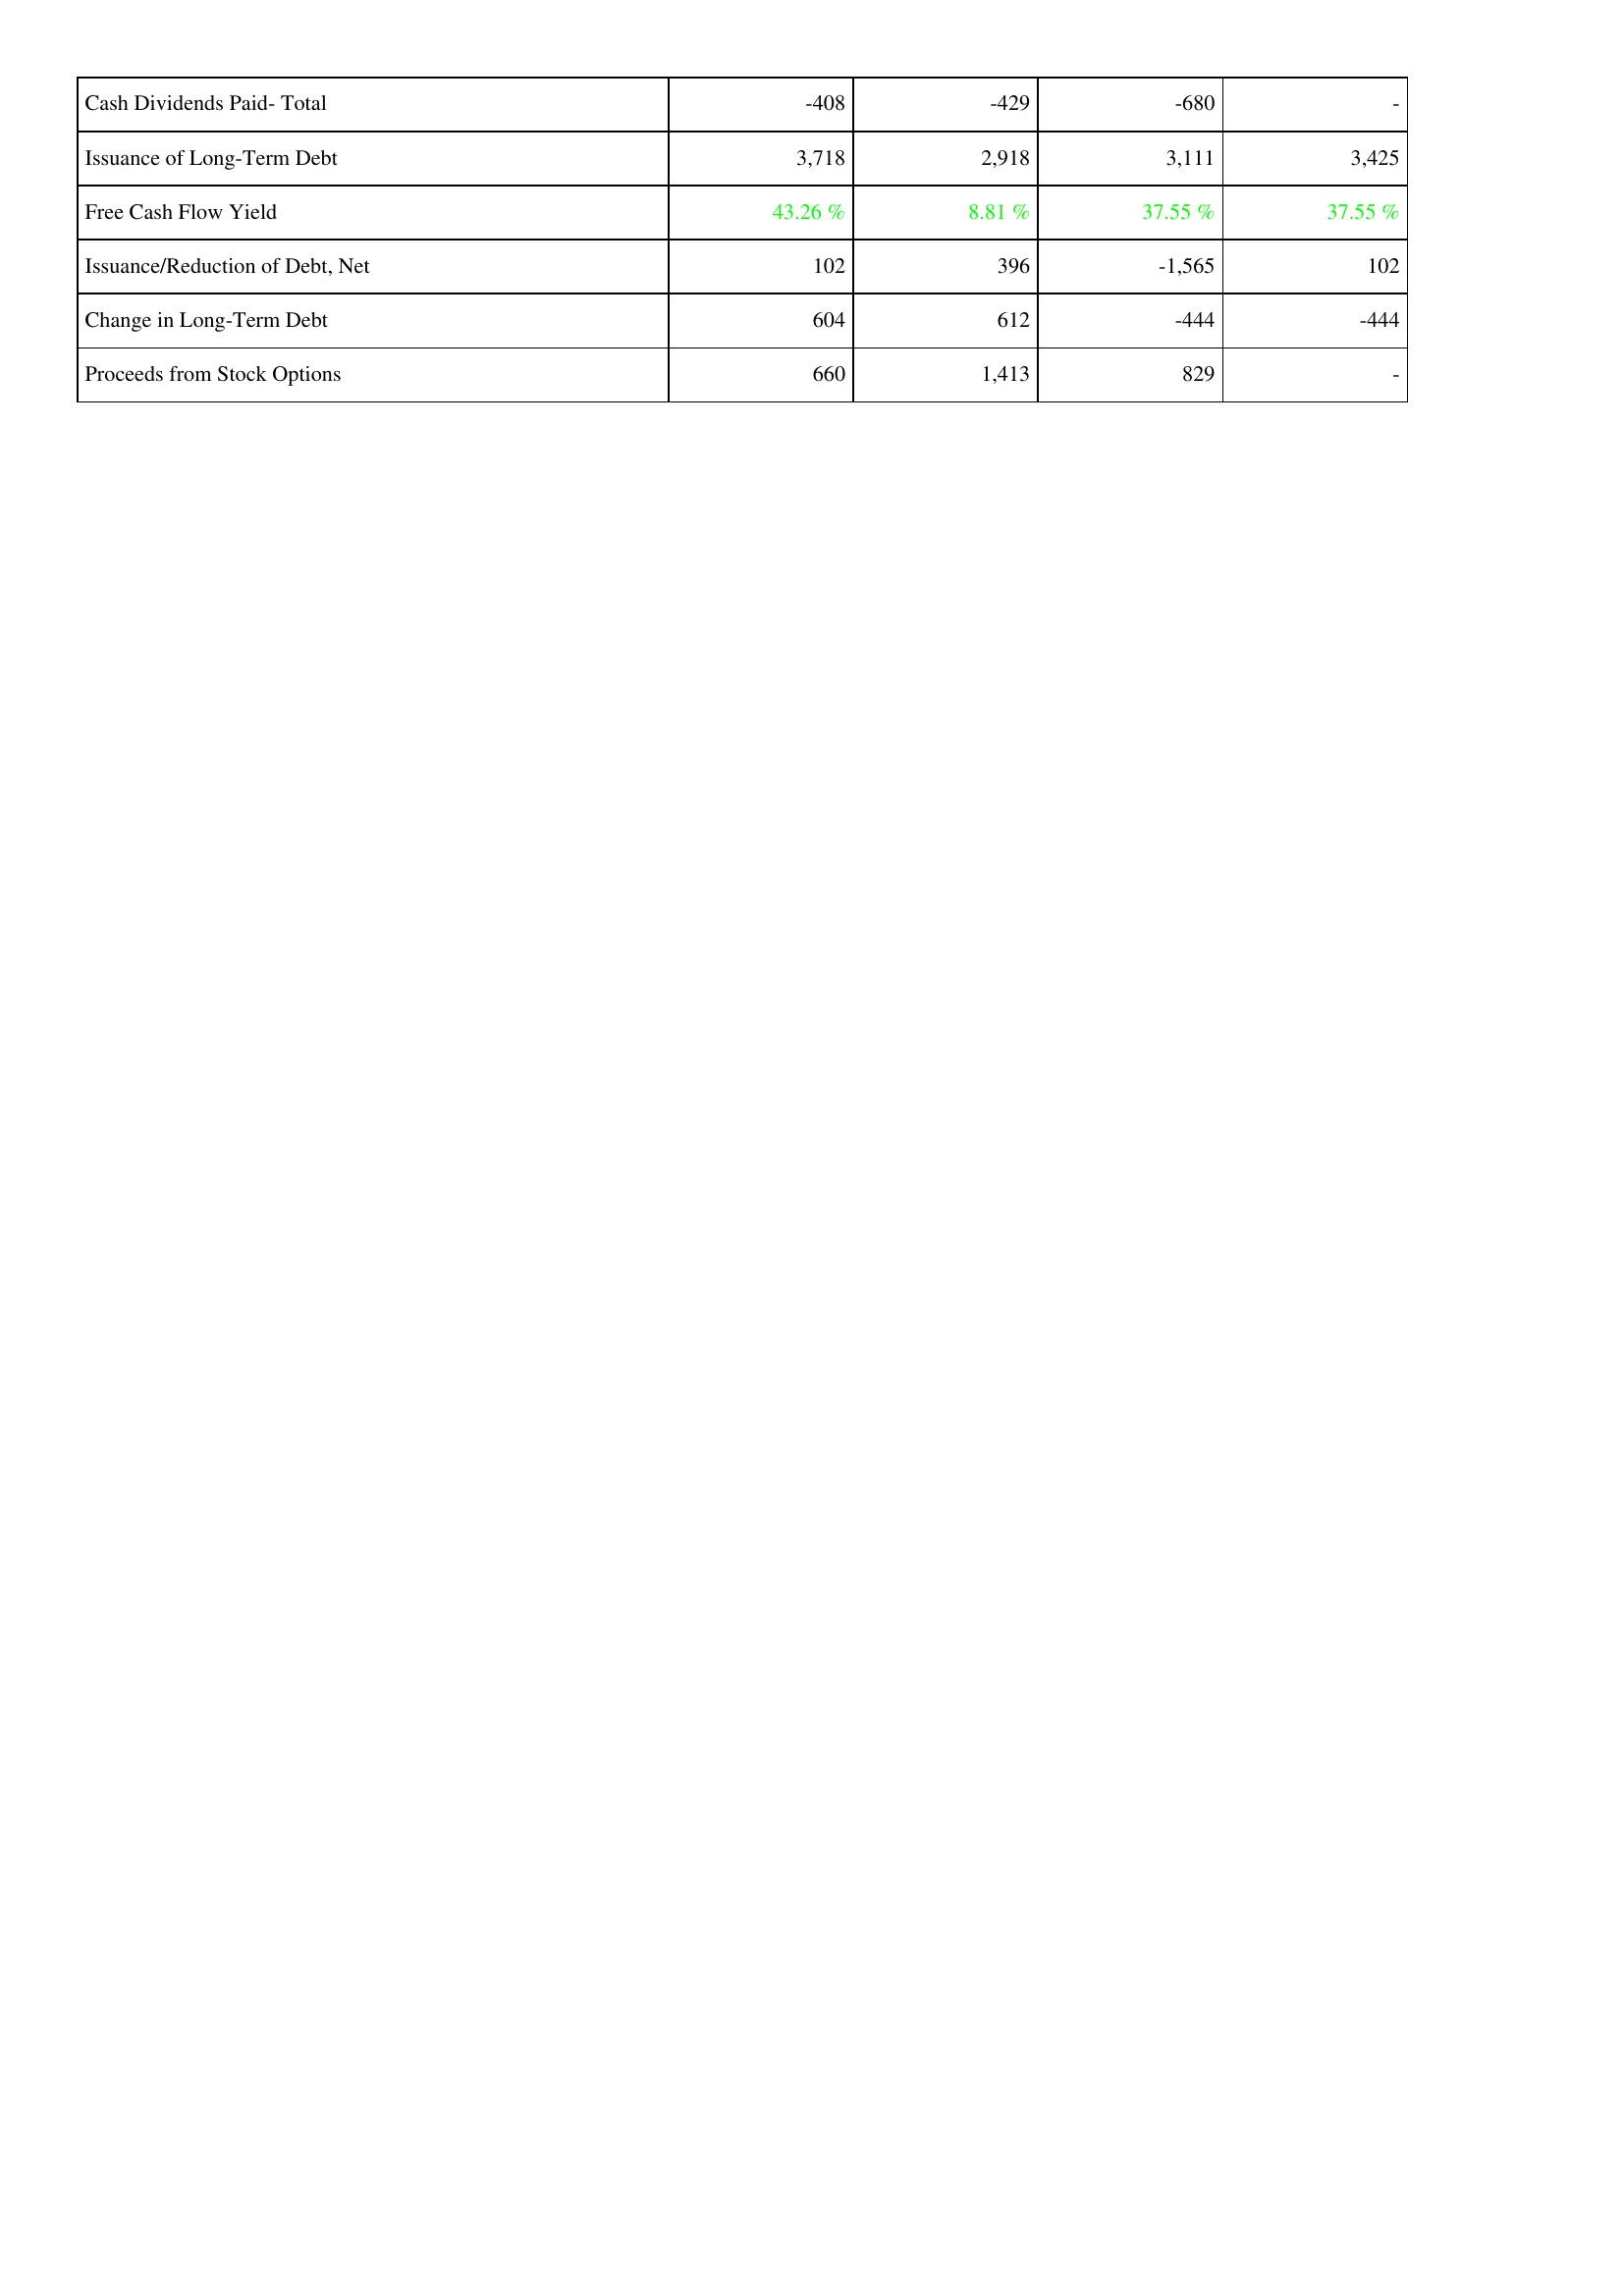
2008: Financing Activities: Cash Dividends Paid- Total: -408
Issuance of Long-Term Debt: 3,718
Free Cash Flow Yield: 43.26 %
Issuance/Reduction of Debt, Net: 102
Change in Long-Term Debt: 604
Proceeds from Stock Options: 660
2009: Financing Activities: Cash Dividends Paid- Total: -429
Issuance of Long-Term Debt: 2,918
Free Cash Flow Yield: 8.81 %
Issuance/Reduction of Debt, Net: 396
Change in Long-Term Debt: 612
Proceeds from Stock Options: 1,413
2010: Financing Activities: Cash Dividends Paid- Total: -680
Issuance of Long-Term Debt: 3,111
Free Cash Flow Yield: 37.55 %
Issuance/Reduction of Debt, Net: -1,565
Change in Long-Term Debt: -444
Proceeds from Stock Options: 829
2011: Financing Activities: Cash Dividends Paid- Total: -
Issuance of Long-Term Debt: 3,425
Free Cash Flow Yield: 37.55 %
Issuance/Reduction of Debt, Net: 102
Change in Long-Term Debt: -444
Proceeds from Stock Options: -